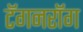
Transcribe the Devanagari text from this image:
टॅगनरॉग